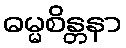
ဓမ္မစိန္တနာ